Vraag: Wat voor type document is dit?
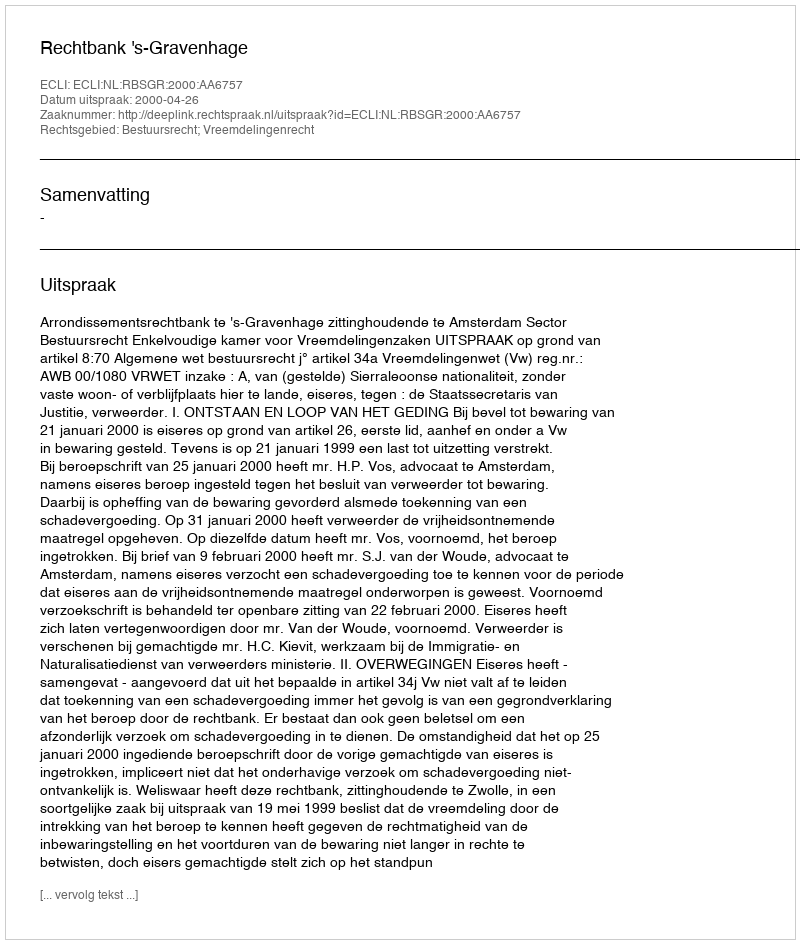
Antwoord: Uitspraak